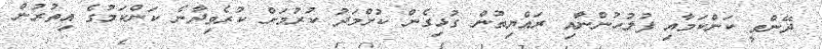
ދޭންވީ ކަންކަމާއި ފުލުހުންނާއި ރައްޔިތުން ގުޅިގެން ކުށްމަދު ކުރުމަށް ކުރެވިދާނެ ކަންކަމުގެ އިތުރުން